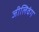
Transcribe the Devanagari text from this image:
जीलिवंग